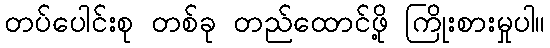
တပ်ပေါင်းစု တစ်ခု တည်ထောင်ဖို့ ကြိုးစားမှုပါ။